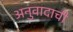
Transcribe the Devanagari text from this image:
अनुवादाची